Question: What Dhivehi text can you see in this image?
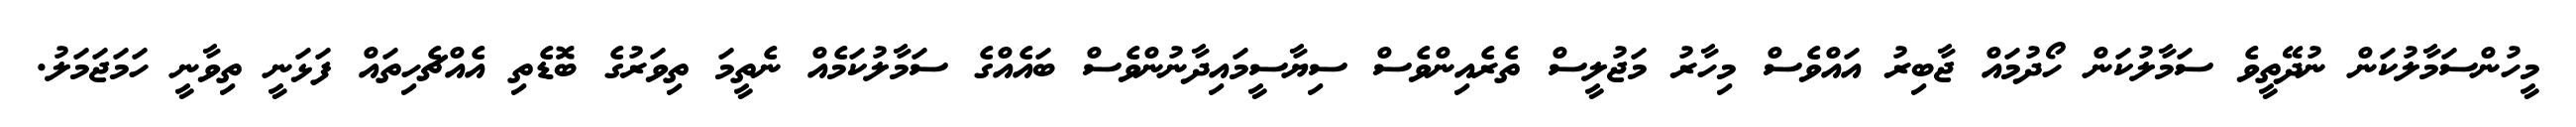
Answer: މީހުންސަމާލުކަން ނުދޭތީވެ ސަމާލުކަން ހޯދުމައް ޖާބިރު އައްވެސް މިހާރު މަޖުލީސް ތެރެއިންވެސް ސިޔާސީމައިދާނުންވެސް ބައެއްގެ ސަމާލުކަމެއް ނެތީމަ ތިވަރުގެ ބޮޑެތި އެއްޗެހިތައް ފަޅަނީ ތިވާނީ ހަމަޖަމަލު.